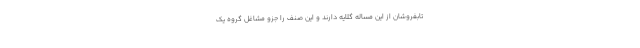
تابفروشان از این مساله گلایه دارند و این صنف را جزو مشاغل گروه یک